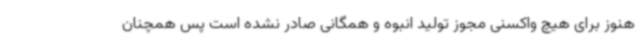
هنوز برای هیچ واکسنی مجوز تولید انبوه و همگانی صادر نشده است پس همچنان